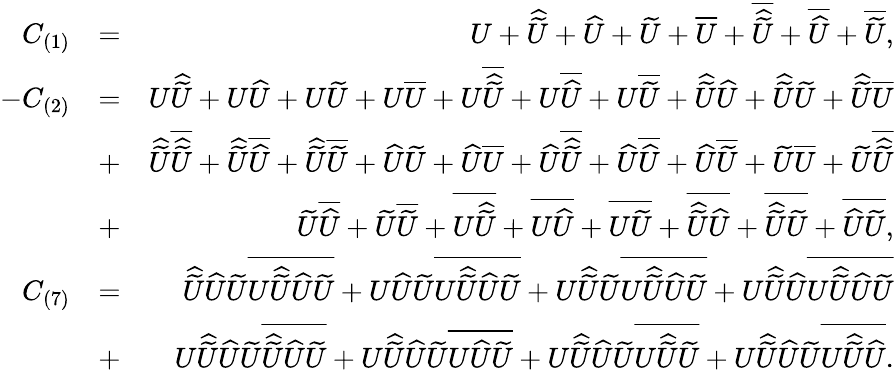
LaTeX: \begin{array}{rlr}{C_{(1)}}&{=}&{U+\widehat{\widetilde{U}}+\widehat{U}+\widetilde{U}+\overline{{U}}+\overline{{\widehat{\widetilde{U}}}}+\overline{{\widehat{U}}}+\overline{{\widetilde{U}}},}\\ {-C_{(2)}}&{=}&{U\widehat{\widetilde{U}}+U\widehat{U}+U\widetilde{U}+U\overline{{U}}+U\overline{{\widehat{\widetilde{U}}}}+U\overline{{\widehat{U}}}+U\overline{{\widetilde{U}}}+\widehat{\widetilde{U}}\widehat{U}+\widehat{\widetilde{U}}\widetilde{U}+\widehat{\widetilde{U}}\overline{{U}}}\\ &{+}&{\widehat{\widetilde{U}}\overline{{\widehat{\widetilde{U}}}}+\widehat{\widetilde{U}}\overline{{\widehat{U}}}+\widehat{\widetilde{U}}\overline{{\widetilde{U}}}+\widehat{U}\widetilde{U}+\widehat{U}\overline{{U}}+\widehat{U}\overline{{\widehat{\widetilde{U}}}}+\widehat{U}\overline{{\widehat{U}}}+\widehat{U}\overline{{\widetilde{U}}}+\widetilde{U}\overline{{U}}+\widetilde{U}\overline{{\widehat{\widetilde{U}}}}}\\ &{+}&{\widetilde{U}\overline{{\widehat{U}}}+\widetilde{U}\overline{{\widetilde{U}}}+\overline{{U\widehat{\widetilde{U}}}}+\overline{{U\widehat{U}}}+\overline{{U\widetilde{U}}}+\overline{{\widehat{\widetilde{U}}\widehat{U}}}+\overline{{\widehat{\widetilde{U}}\widetilde{U}}}+\overline{{\widehat{U}\widetilde{U}}},}\\ {C_{(7)}}&{=}&{\widehat{\widetilde{U}}\widehat{U}\widetilde{U}\overline{{U\widehat{\widetilde{U}}\widehat{U}\widetilde{U}}}+U\widehat{U}\widetilde{U}\overline{{U\widehat{\widetilde{U}}\widehat{U}\widetilde{U}}}+U\widehat{\widetilde{U}}\widetilde{U}\overline{{U\widehat{\widetilde{U}}\widehat{U}\widetilde{U}}}+U\widehat{\widetilde{U}}\widehat{U}\overline{{U\widehat{\widetilde{U}}\widehat{U}\widetilde{U}}}}\\ &{+}&{U\widehat{\widetilde{U}}\widehat{U}\widetilde{U}\overline{{\widehat{\widetilde{U}}\widehat{U}\widetilde{U}}}+U\widehat{\widetilde{U}}\widehat{U}\widetilde{U}\overline{{U\widehat{U}\widetilde{U}}}+U\widehat{\widetilde{U}}\widehat{U}\widetilde{U}\overline{{U\widehat{\widetilde{U}}\widetilde{U}}}+U\widehat{\widetilde{U}}\widehat{U}\widetilde{U}\overline{{U\widehat{\widetilde{U}}\widehat{U}}}.}\end{array}